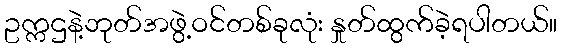
ဥက္ကဌနဲ့ဘုတ်အဖွဲ့ဝင်တစ်ခုလုံး နှုတ်ထွက်ခဲ့ရပါတယ်။